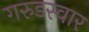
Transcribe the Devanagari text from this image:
गरुडस्वार